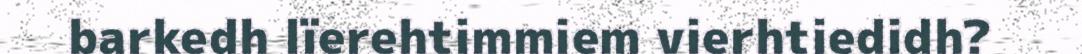
barkedh lïerehtimmiem vierhtiedidh?